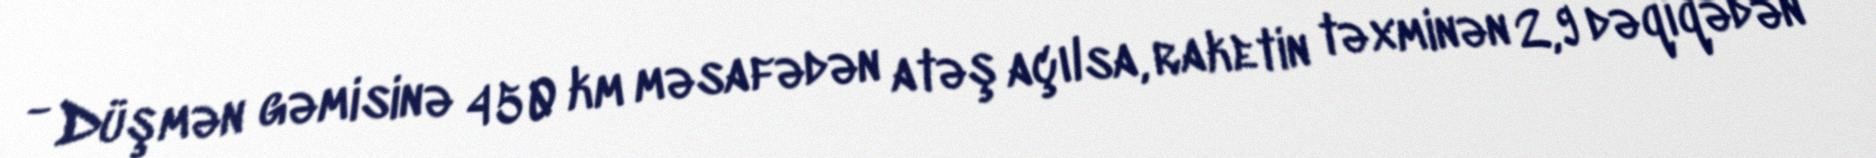
- Düşmən gəmisinə 450 km məsafədən atəş açılsa, raketin təxminən 2,9 dəqiqədən